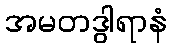
အမတဒွါရာနံ